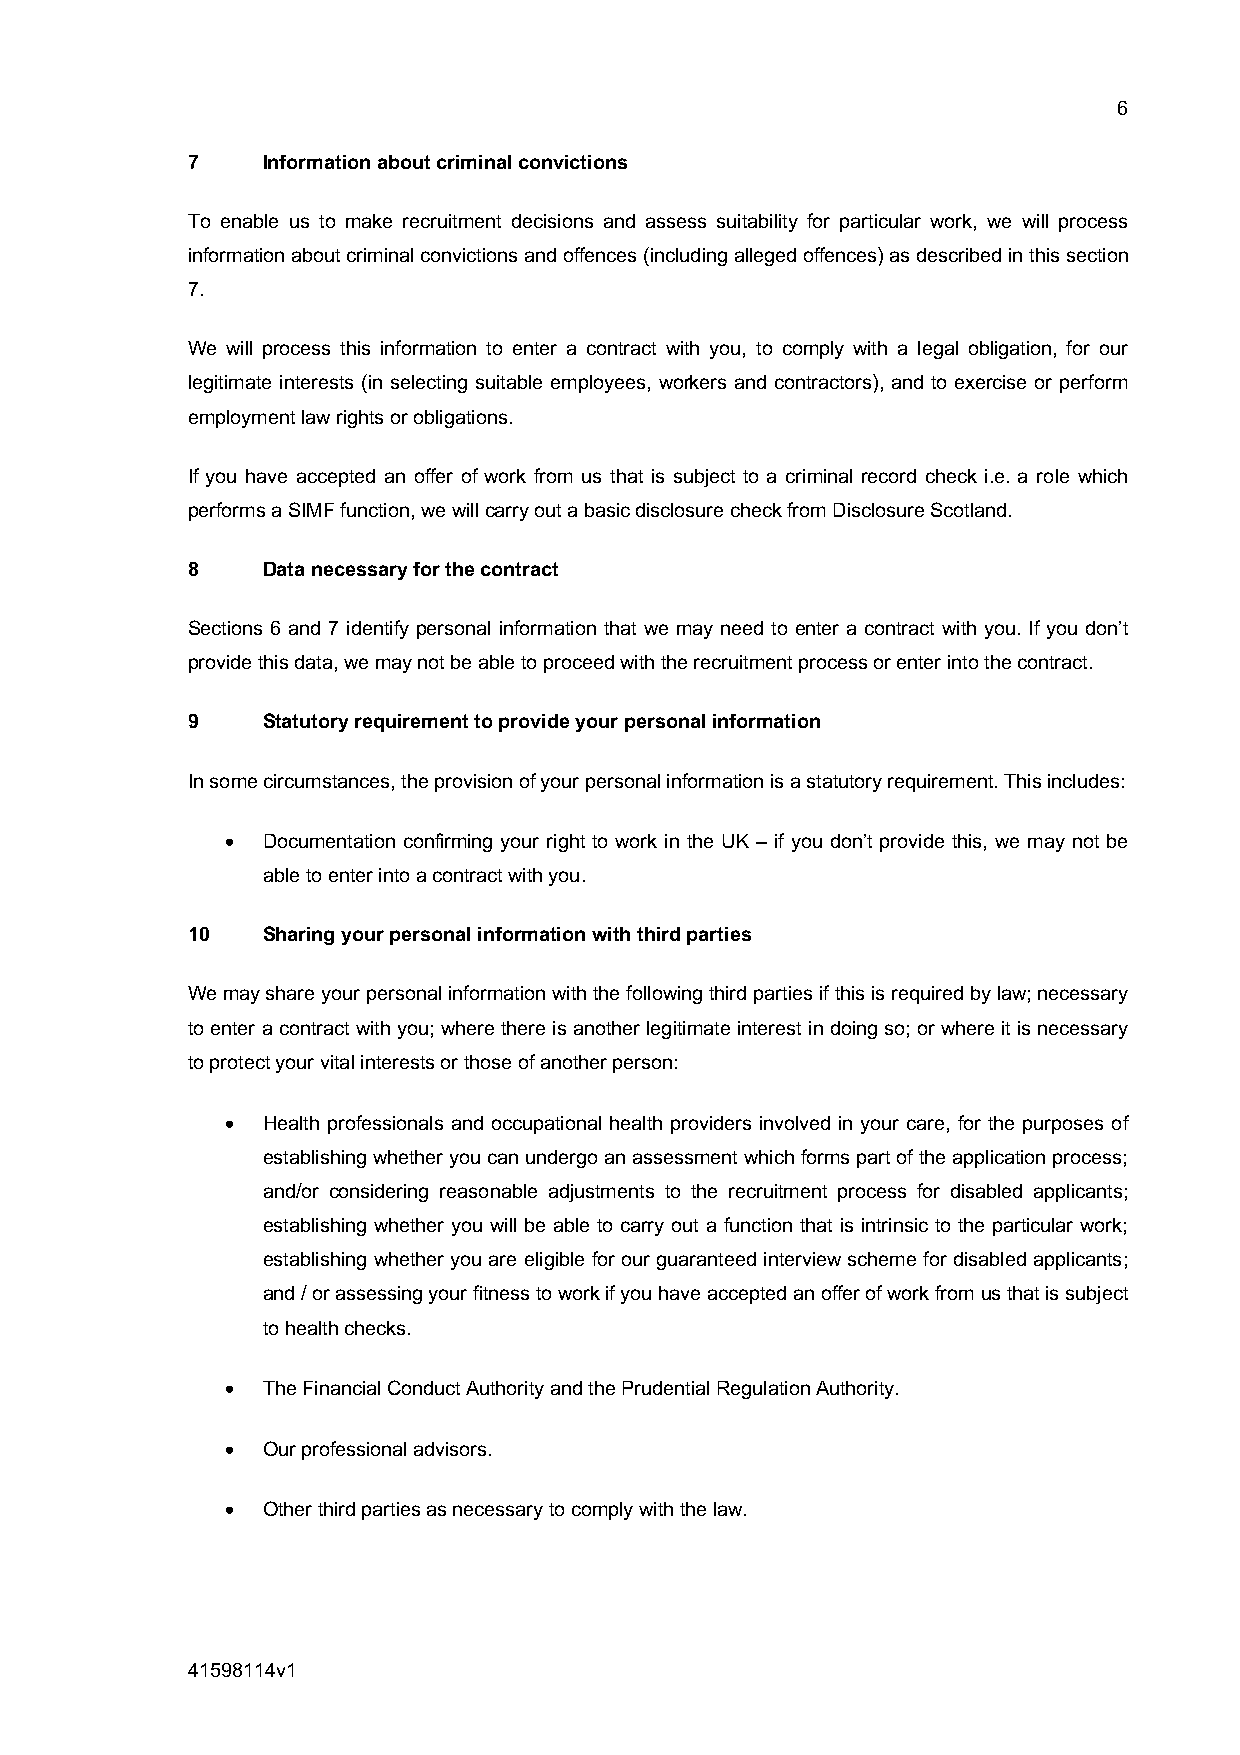
6
 7    Information about criminal convictions
 To enable us to make recruitment decisions and assess suitability for particular work, we will process
 information about criminal convictions and offences (including alleged offences) as described in this section
 7.
 We will process this information to enter a contract with you, to comply with a legal obligation, for our
 legitimate interests (in selecting suitable employees, workers and contractors), and to exercise or perform
 employment law rights or obligations.
 If you have accepted an offer of work from us that is subject to a criminal record check i.e. a role which
 performs a SIMF function, we will carry out a basic disclosure check from Disclosure Scotland.
 8    Data necessary for the contract
 Sections 6 and 7 identify personal information that we may need to enter a contract with you. If you don’t
 provide this data, we may not be able to proceed with the recruitment process or enter into the contract.
 9    Statutory requirement to provide your personal information
 In some circumstances, the provision of your personal information is a statutory requirement. This includes:
 • Documentation confirming your right to work in the UK – if you don’t provide this, we may not be
 able to enter into a contract with you.
 10   Sharing your personal information with third parties
 We may share your personal information with the following third parties if this is required by law; necessary
 to enter a contract with you; where there is another legitimate interest in doing so; or where it is necessary
 to protect your vital interests or those of another person:
 • Health professionals and occupational health providers involved in your care, for the purposes of
 establishing whether you can undergo an assessment which forms part of the application process;
 and/or considering reasonable adjustments to the recruitment process for disabled applicants;
 establishing whether you will be able to carry out a function that is intrinsic to the particular work;
 establishing whether you are eligible for our guaranteed interview scheme for disabled applicants;
 and / or assessing your fitness to work if you have accepted an offer of work from us that is subject
 to health checks.
 • The Financial Conduct Authority and the Prudential Regulation Authority.
 • Our professional advisors.
 • Other third parties as necessary to comply with the law.
 41598114v1